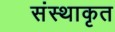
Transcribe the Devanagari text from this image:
संस्थाकृत